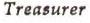
Treasurer